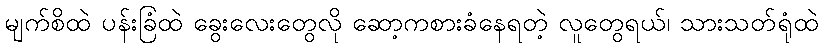
မျက်စိထဲ ပန်းခြံထဲ ခွေးလေးတွေလို ဆော့ကစားခံနေရတဲ့ လူတွေရယ်၊ သားသတ်ရုံထဲ